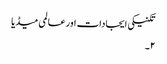
تکنیکی ایجادات اور عالمی میڈیا
۲۔